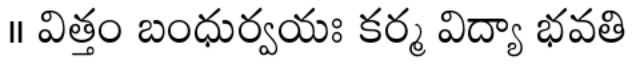
॥ విత్తం బంధుర్వయః కర్మ విద్యా భవతి